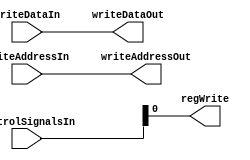
module WriteBack (controlSignalsIn, writeDataIn, writeAddressIn, regWrite, writeDataOut, writeAddressOut);

    input [2:0] controlSignalsIn;
    input [15:0] writeDataIn;
    input [2:0] writeAddressIn;

    output regWrite;
    output [15:0] writeDataOut;
    output [2:0] writeAddressOut; 

    assign regWrite = controlSignalsIn[0];
    assign writeDataOut = writeDataIn;
    assign writeAddressOut = writeAddressIn;


endmodule